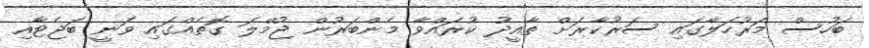
ބަހުސް މަރުހަލާގައި ސަރުކާރަށް ތާއީދު ކުރައްވާ މެންބަރުން ޖުމްލަ ގޮތެއްގައި ވަނީ ބަޖެޓާއި